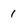
Character: 1